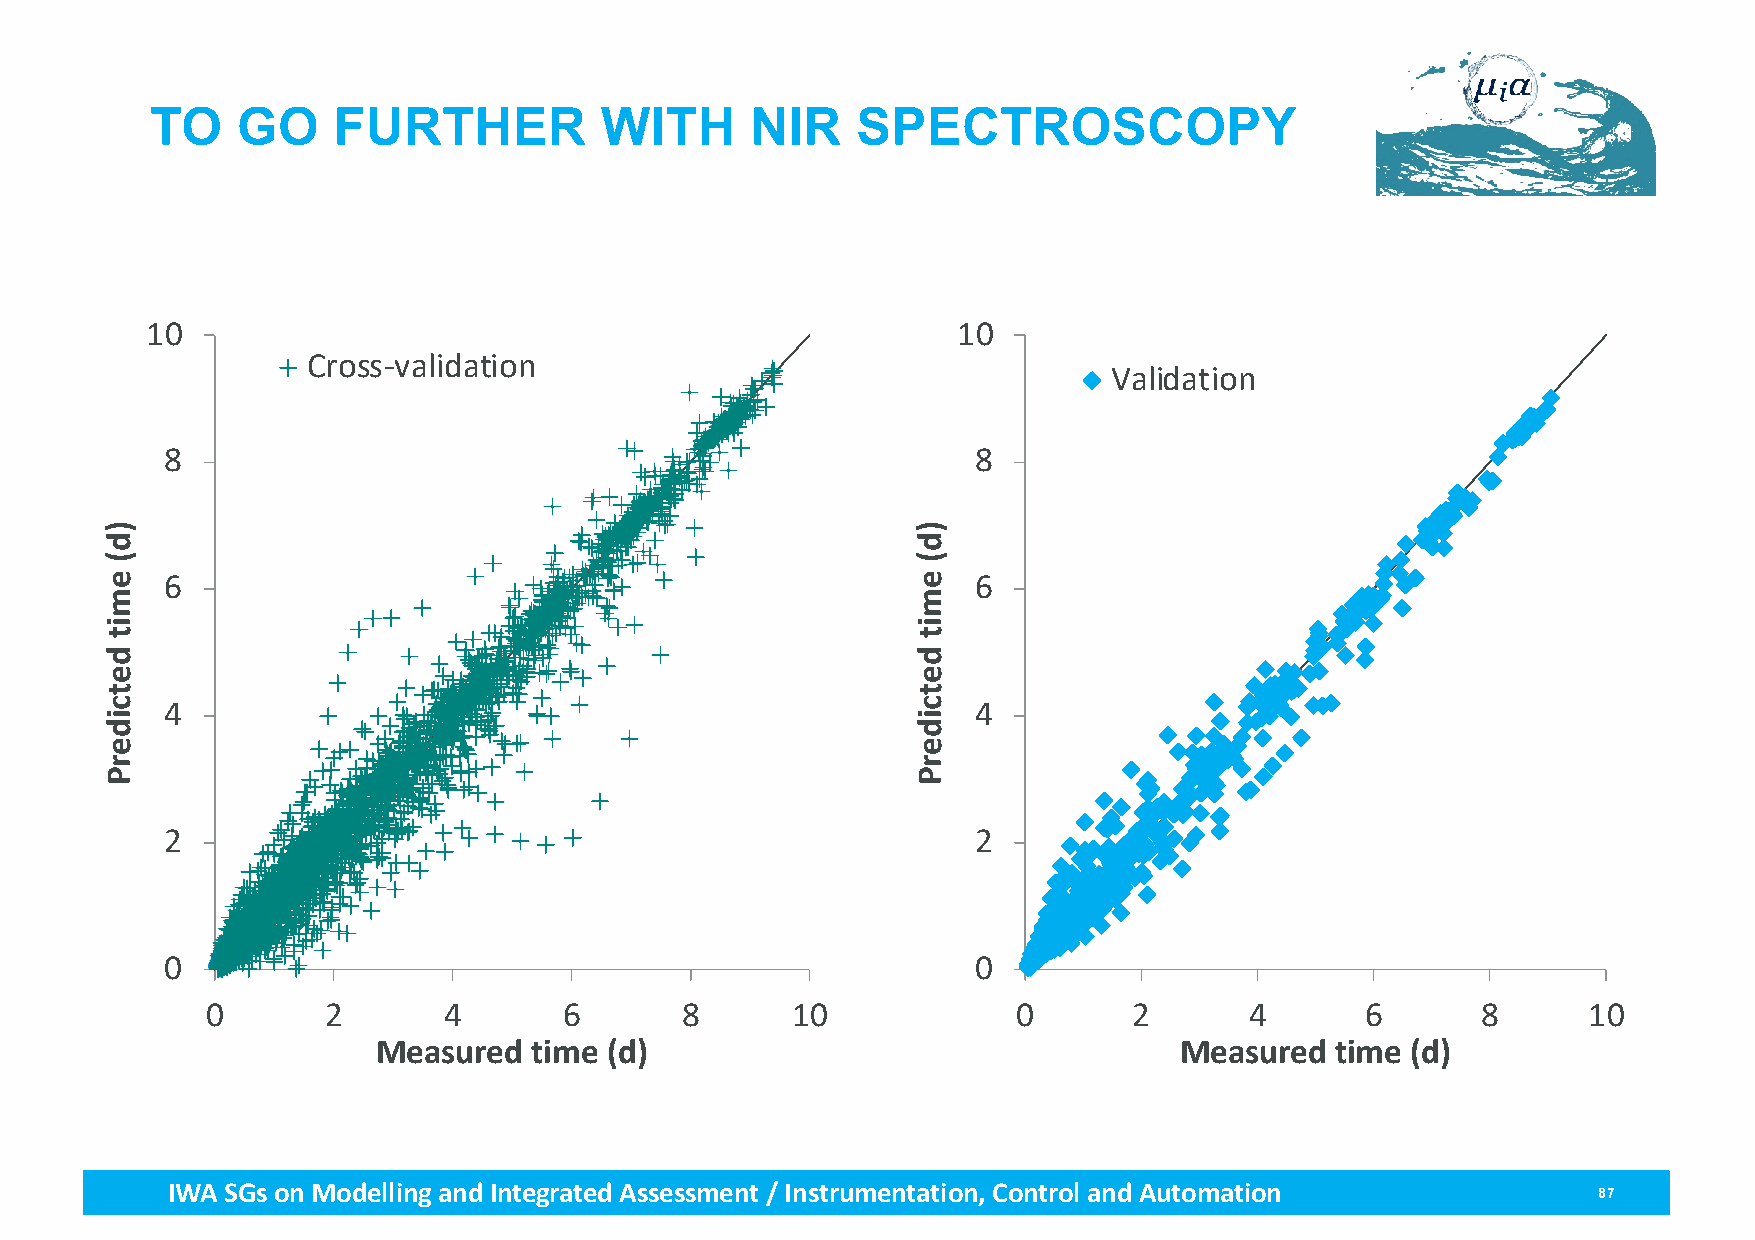
TO    GO    FURTHER           WITH      NIR    SPECTROSCOPY
 10                                                   10
 Cross-validation
 Validation
 8                                                     8
 6                                                     6
 4                                                     4
 2                                                     2
 0                                                     0
 0      2       4       6       8      10             0       2       4      6       8      10
 Measured  time (d)                                   Measured  time (d)
 IWA SGs on Modellingand Integrated Assessment / Instrumentation, Control and Automation        87
 )d(
 emit
 detciderP
 )d(
 emit
 detciderP